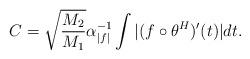
LaTeX: \begin{align*}C=\sqrt{\frac{M_2}{M_1}} \alpha_{|f|}^{-1} \int |(f\circ \theta^H)'(t)|dt.\end{align*}